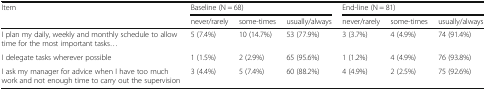
<table><thead><tr><td rowspan="2"><b>Item</b></td><td colspan="3"><b>Baseline (N = 68)</b></td><td colspan="3"><b>End-line (N = 81)</b></td></tr><tr><td><b>never/rarely</b></td><td><b>some-times</b></td><td><b>usually/always</b></td><td><b>never/rarely</b></td><td><b>some-times</b></td><td><b>usually/always</b></td></tr></thead><tbody><tr><td>I plan my daily, weekly and monthly schedule to allow time for the most important tasks...</td><td>5 (7.4%)</td><td>10 (14.7%)</td><td>53 (77.9%)</td><td>3 (3.7%)</td><td>4 (4.9%)</td><td>74 (91.4%)</td></tr><tr><td>I delegate tasks wherever possible</td><td>1 (1.5%)</td><td>2 (2.9%)</td><td>65 (95.6%)</td><td>1 (1.2%)</td><td>4 (4.9%)</td><td>76 (93.8%)</td></tr><tr><td>I ask my manager for advice when I have too much work and not enough time to carry out the supervision</td><td>3 (4.4%)</td><td>5 (7.4%)</td><td>60 (88.2%)</td><td>4 (4.9%)</td><td>2 (2.5%)</td><td>75 (92.6%)</td></tr></tbody></table>